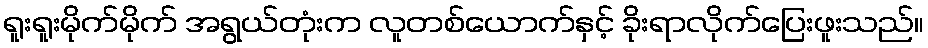
ရူးရူးမိုက်မိုက် အရွယ်တုံးက လူတစ်ယောက်နှင့် ခိုးရာလိုက်ပြေးဖူးသည်။